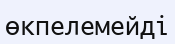
өкпелемейді